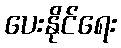
ပေးနိုင်ရေး